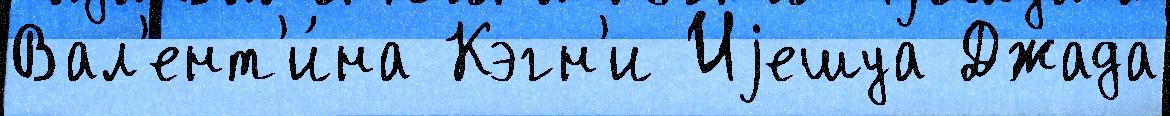
Вал'ент'и́на Кэгн'и Иjешуа Джада